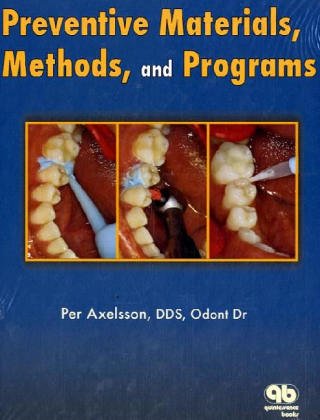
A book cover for Preventive Materials, Methods, and Programs (Axelsson Series on Preventive Dentistry); Per Axelsson; Medical Books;